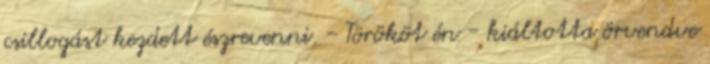
csillogást kezdett észrevenni. - Törököt én - kiáltotta örvendve